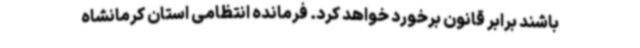
باشند برابر قانون برخورد خواهد کرد. فرمانده انتظامی استان کرمانشاه